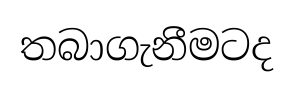
තබාගැනීමටද